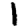
Digit: 1